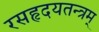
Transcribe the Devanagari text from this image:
रसहृदयतन्त्रम्